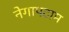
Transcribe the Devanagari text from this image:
नेगापटाम